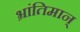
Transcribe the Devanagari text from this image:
भ्रांतिमान्